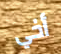
أخي